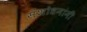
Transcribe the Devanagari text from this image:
संशोधनांनी